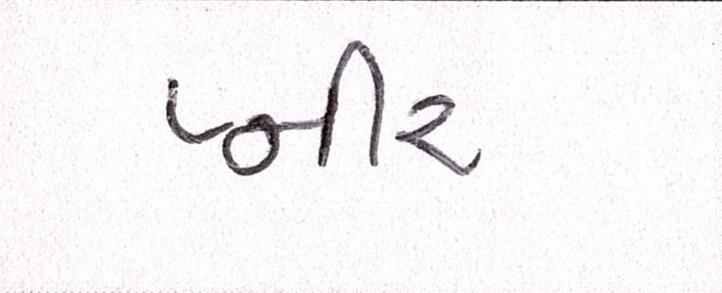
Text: પ્નીર